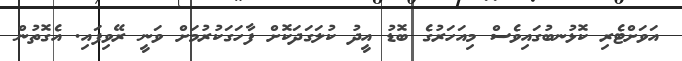
އަވަށްޓެރި ކޮޅުނބުގައިވެސް މިއަހަރުގެ ބޮޑު އީދު ކުލަގަދަކޮށް ފާހަގަކުރުމަށް ވަނީ ރޭވިފައި. އެގޮތުން